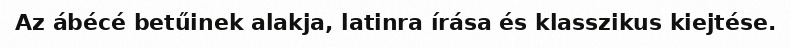
Az ábécé betűinek alakja, latinra írása és klasszikus kiejtése.